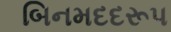
બિનમદદરૂપ